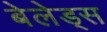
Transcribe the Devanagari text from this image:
बेलेड्स